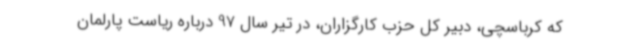
که کرباسچی، دبیر کل حزب کارگزاران، در تیر سال 97 درباره ریاست پارلمان